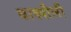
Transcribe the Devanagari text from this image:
वाक्शैली